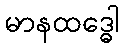
မာနထဒ္ဓေါ